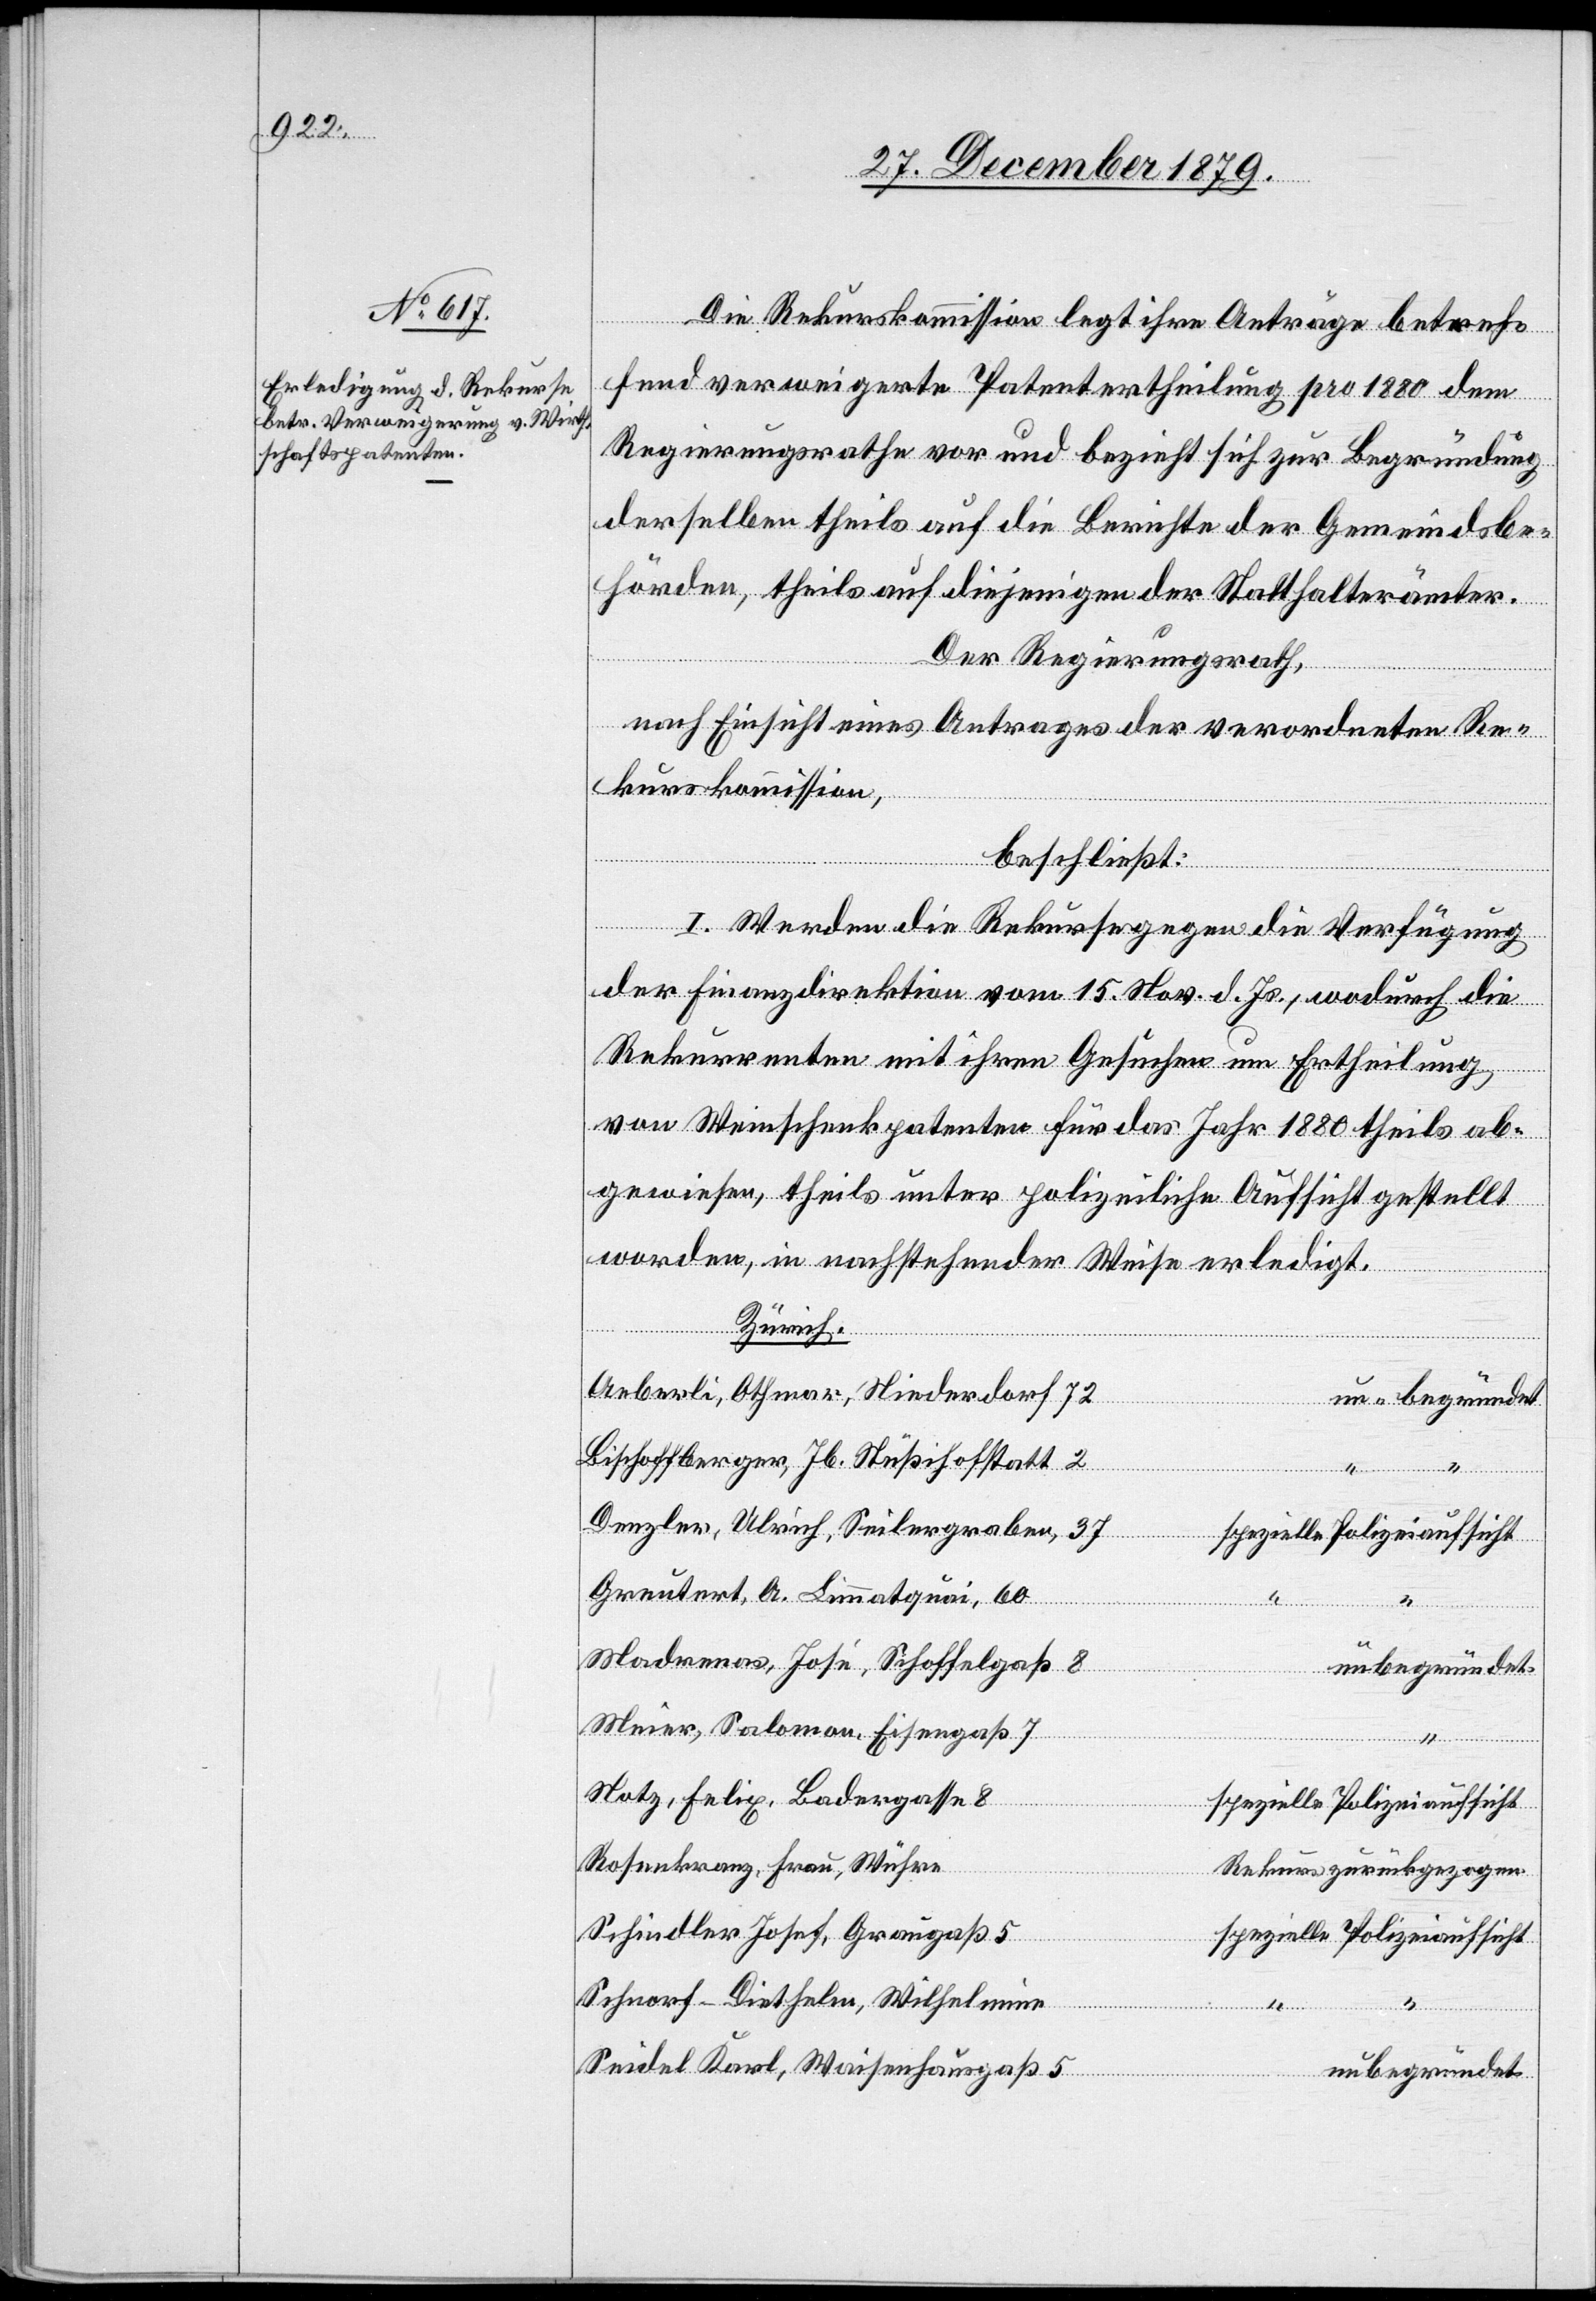
Die Rekurskommission legt ihre Anträge betref¬
fend verweigerte Patentertheilung pro 1880 dem
Regierungsrathe vor und bezieht sich zur Begründung
derselben theils auf die Berichte der Gemeindsbe¬
hörden, theils auf diejenigen der Statthalterämter.
Der Regierungsrath,
nach Einsicht eines Antrages der verordneten Re¬
kurskommission,
beschließt:
I. Werden die Rekurse gegen die Verfügung
der Finanzdirektion vom 15. Nov. d. Js., wodurch die
Rekurrenten mit ihren Gesuchen um Ertheilung
von Weinschenkpatenten für das Jahr 1880 theils ab¬
gewiesen, theils unter polizeiliche Aufsicht gestellt
wurden, in nachstehender Weise erledigt:
Zürich.
Aeberli, Othmar, Niederdorf 12
Bischoffberger, Jb., Stüßihofstatt 2
un-
Denzler, Ulrich, Seilergraben, 37
Greutert, A., Limmatquai, 60
Madrenas, José, Schoffelgaß 8
unbegründet
Meier, Salomon, Eisengaß 7
Notz, Felix, Badergasse 8
Rosenberg, Frau, Wühre
Rekurs zurückgezogen
Schindler Josef, Graugaß 5
Polizeiaufsicht
Schnorf-Diethelm, Wilhelmine
Seidel Karl, Waisenhausgaß 5
unbegründet
“